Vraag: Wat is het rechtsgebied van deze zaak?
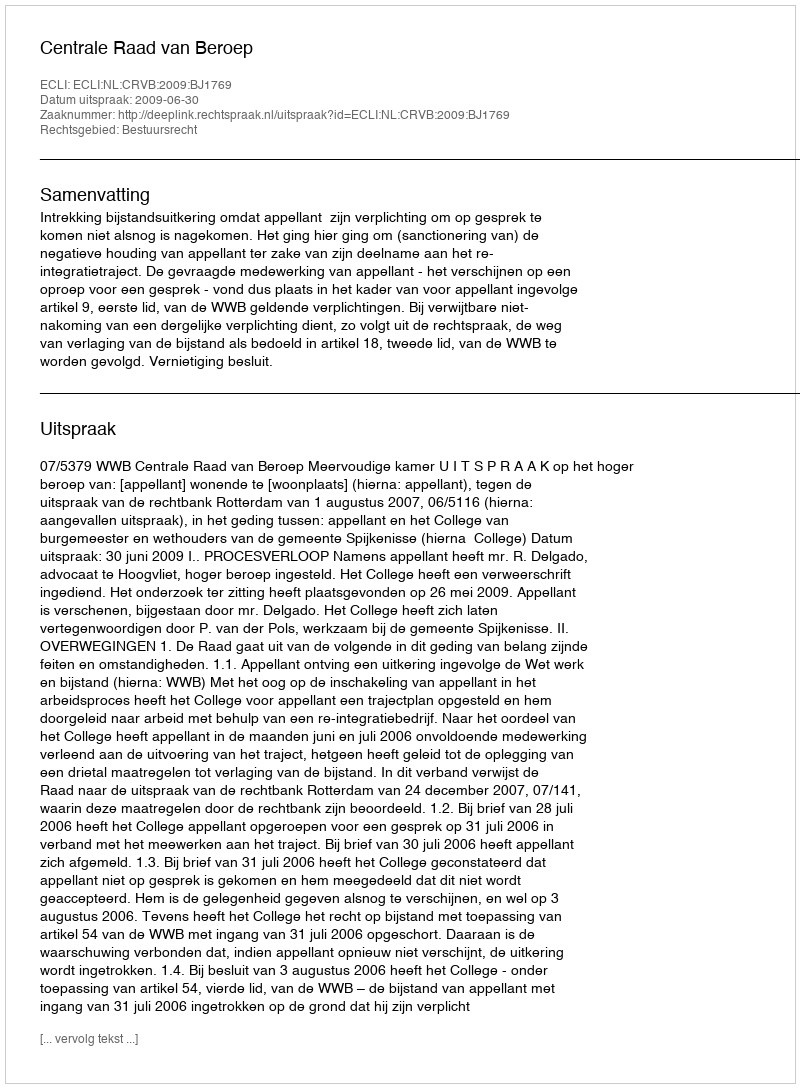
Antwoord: Bestuursrecht